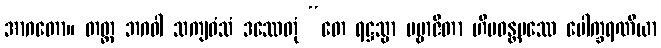
အာဂတော။ တတ္ထ ဘဂဝါ သကျဝံသံ ဒဿေတုံ “တေ ရဋ္ဌသ္မာ ပဗ္ဗာဇိတာ ဟိမဝန္တပဿေ ပေါက္ခရဏိယာ